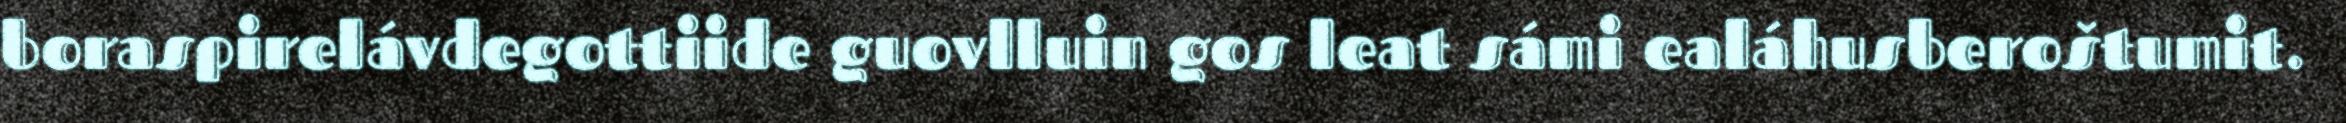
boraspirelávdegottiide guovlluin gos leat sámi ealáhusberoštumit.